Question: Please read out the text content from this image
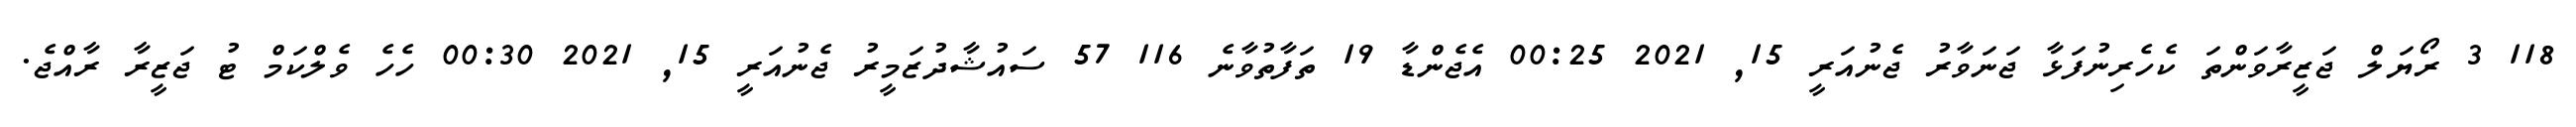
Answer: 118 3 ރޯޔަލް ޖަޒީރާވަންތަ ކެހެރިނުފަޅާ ޖަނަވާރު ޖެނުއަރީ 15, 2021 00:25 އެޖެންޑާ 19 ތަފާތުވާނެ 116 57 ސައުޝާދުޒަމީރު ޖެނުއަރީ 15, 2021 00:30 ހެހެ ވެލްކަމް ޓު ޖަޒީރާ ރާއްޖެ.